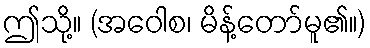
ဤသို့။ (အဝေါစ၊ မိန့်တော်မူ၏။)